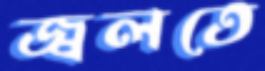
জ্বলতে